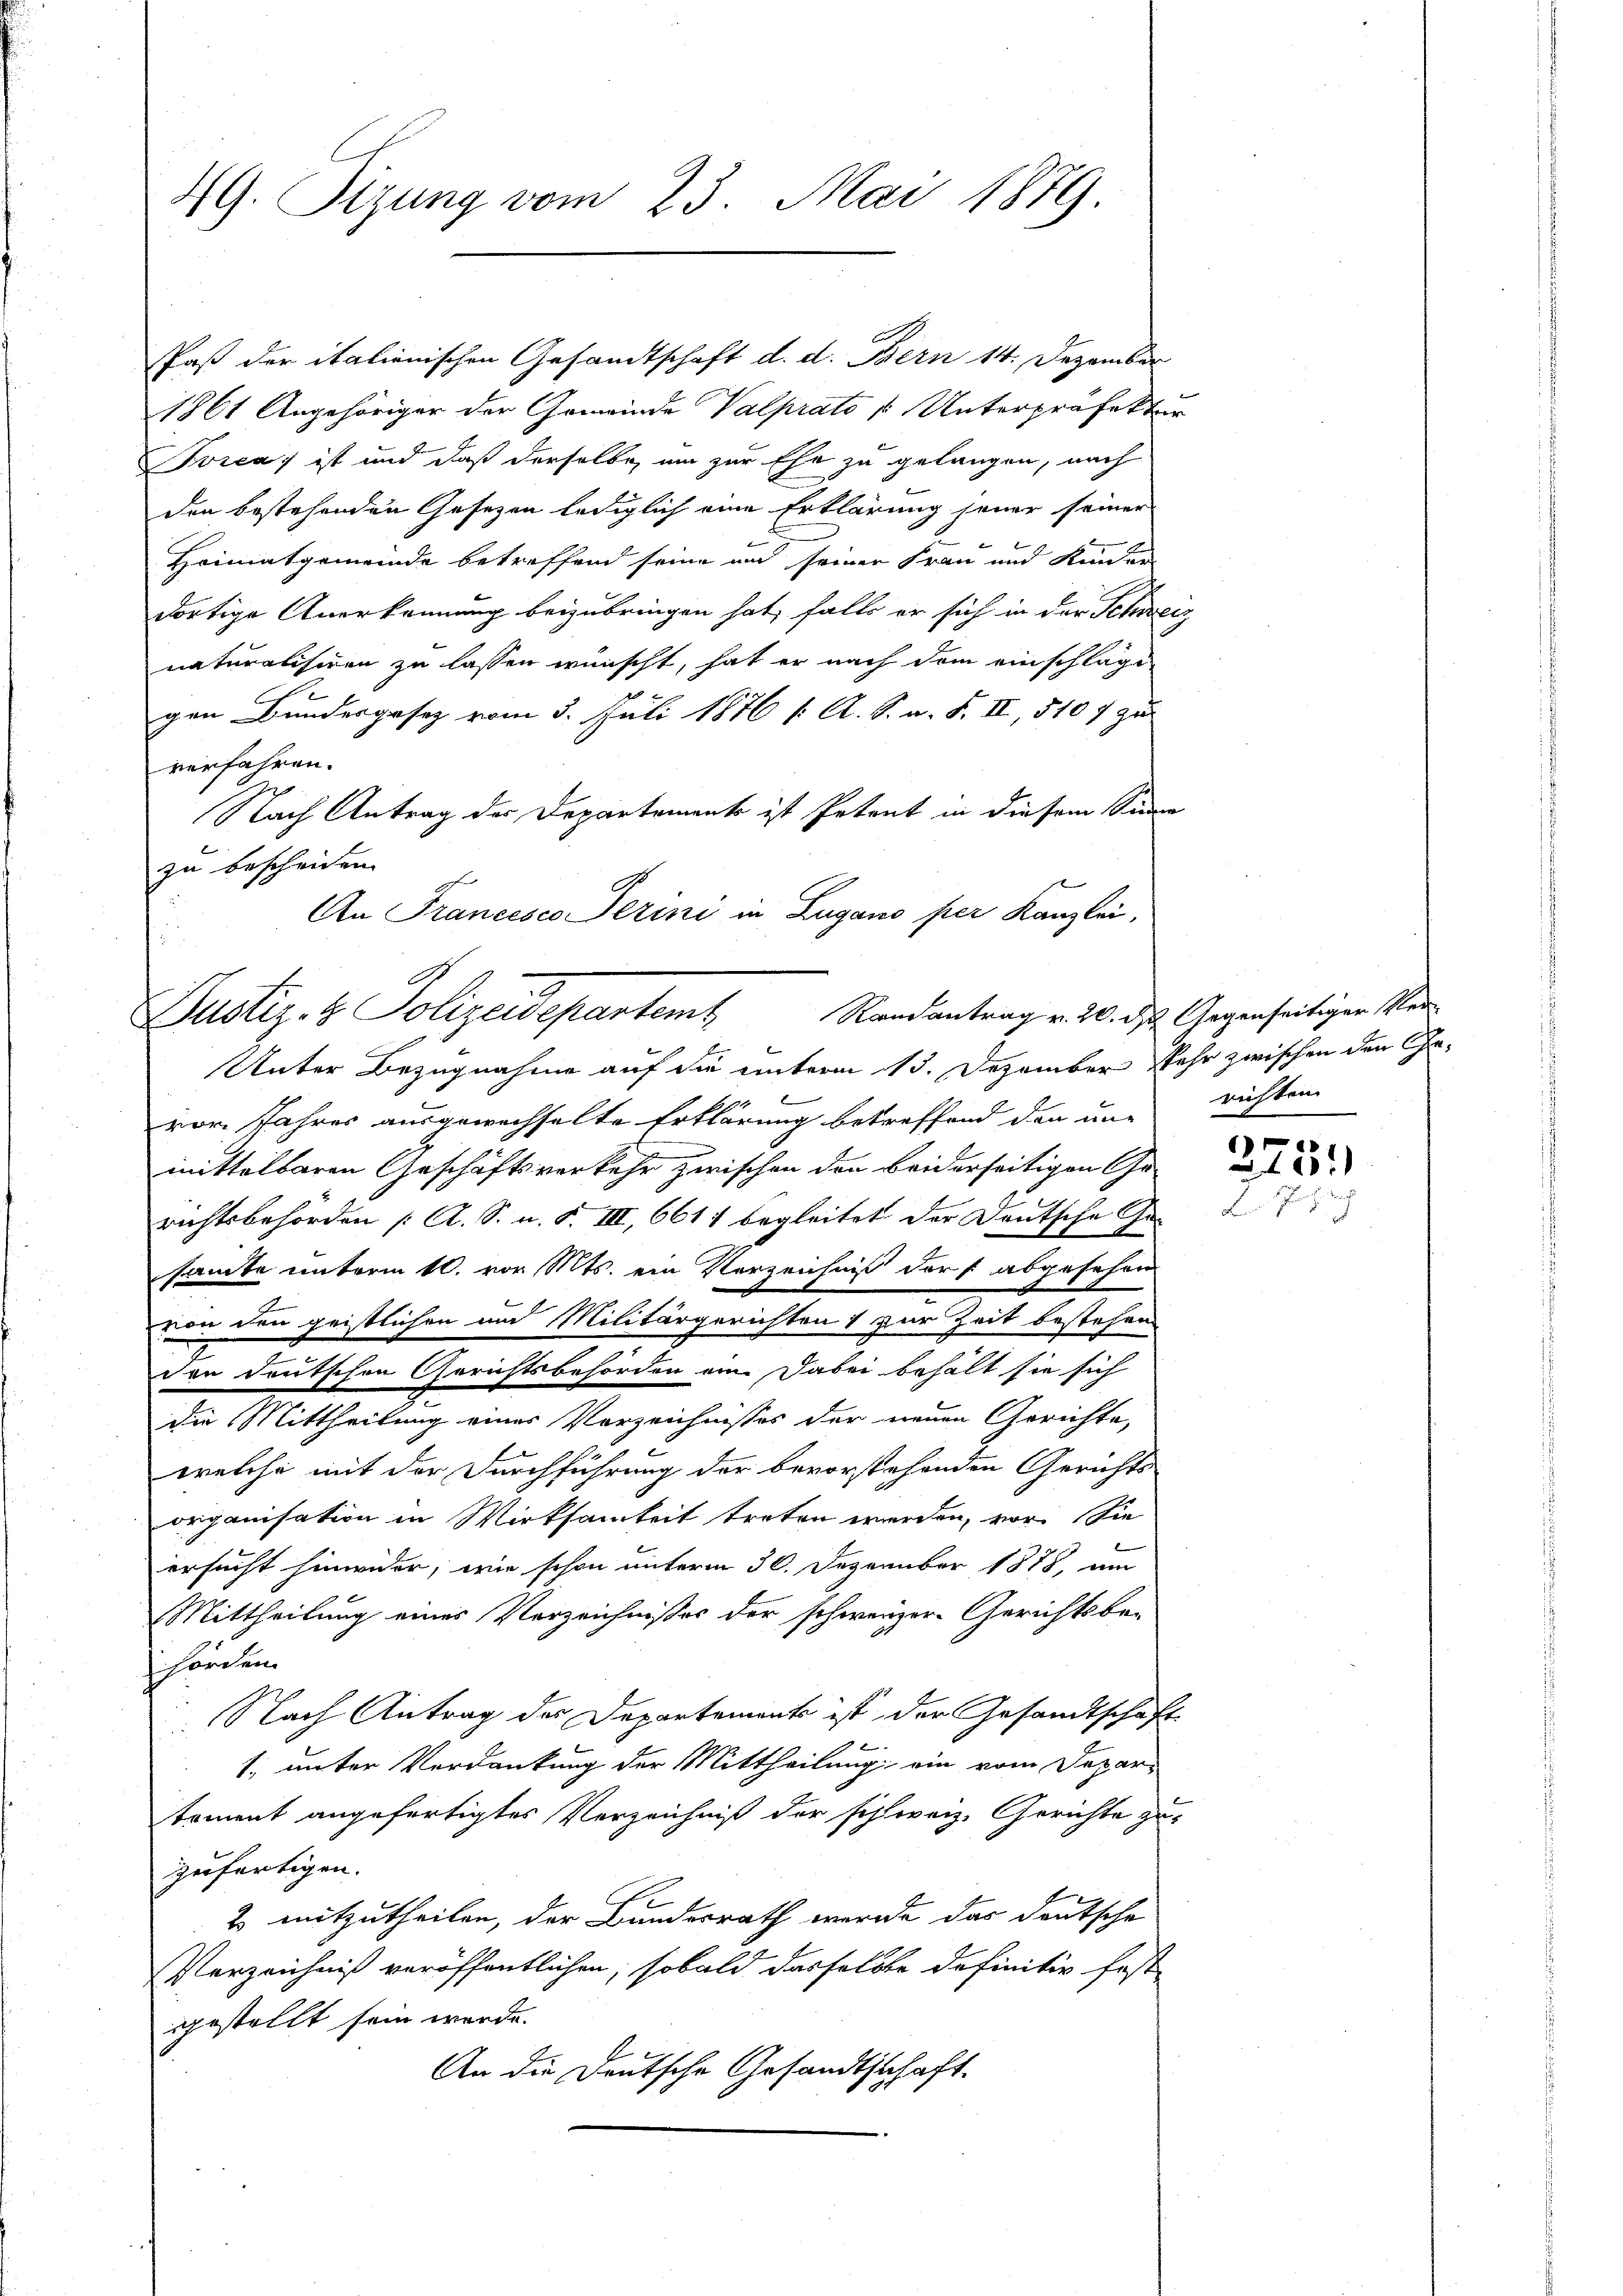
49. Sizung vom 23. Mai 1889

Paß der italienischen Gesandtschaft d. d. Bern 14. Dezember
1861 Angehöriger der Gemeinde Valprato 1 Unterpräfektur
vica ist und daß derselbe, um zur Ehe zu gelangen, nach
den bestehenden Gesezen lediglich eine Erklärung jener seiner
Heimatgemeinde betreffend seine und seiner Frau und Kinder
dortige Anerkennung beizubringen hat, falls er sich in der Schweiz
naturalisiren zu lassen wünscht, hat er nach dem einschläge
gen Bundergesetz vom 5. Juli 1876 ( A. S. a. F. II, 510 f zu
verfahren.
Nach Antrag des Departements ist Petent in diesem Sinne
zu bescheiden.
x
An Francesco Serini in Lugano per Kanzlei,

Randantrag v. 20. d. Gegenseitiger Ver¬
Justiz- & Polizeidepartent

Unter Bezugnahme auf die unterm 13. Dezember sehr zwischen den Gevor. Jahres ausgewechselte Erklärung betreffend den une richten
mittelbaren Geschäftsverkehr zwischen den beiderseitigen Gerichtsbehörden [A. S. u. F. III, 661 1 begleitet der Deutsche Ge-
samte unterm 10. vor Mts. ein Verzeichniß darf abgesehen
von den geistlichen und Militärgerichten zur Zeit bestehen
der deutschen Gerichtsbehörden an dabei behält sie sich
die Mittheilung eines Verzeichnisses der neuen Gerichte,
Ban
welche mit der Durchführung der bevorstehenden Gerichts
organisation in Wirksamkeit treten werden, vor. Sie
ersucht hinwider, wie schon unterm 30. Dezember 1878, um
Mittheilung eines Vorzeichnisses der schweizer Gerichtsbe-
hörden.
Nach Antrag des Departements ist der Gesandtschaft
1. unter Verdankung der Mittheilung ein vom Departement angefertigtes Verzeichniß der schweiz. Gerichte zu-
zufertigen.
2 mitzutheilen, der Bundesrath werde das deutsche
Verzeichniß veröffentlichen, sobald dasselben definitiv fest
gestellt sein werde.
An die Deutsche Gesandtschaft.

6
251)
2.7.19